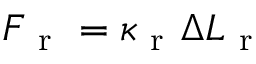
F _ { \mathrm { ~ r ~ } } = \kappa _ { \mathrm { ~ r ~ } } \Delta L _ { \mathrm { ~ r ~ } }